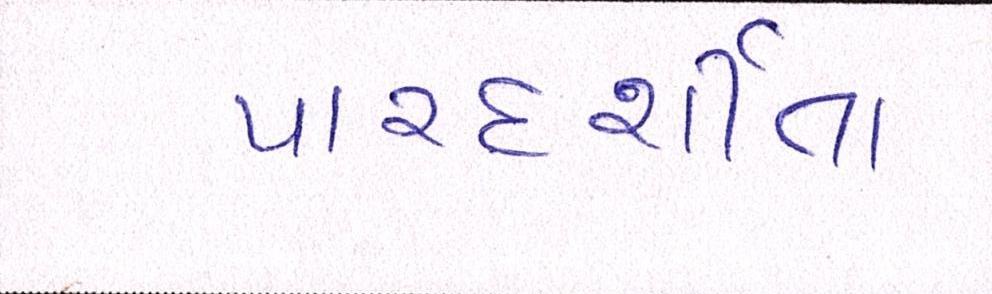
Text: પારદર્શીતા